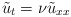
\begin{align*} \tilde u_t= \nu \tilde u_{xx}\end{align*}